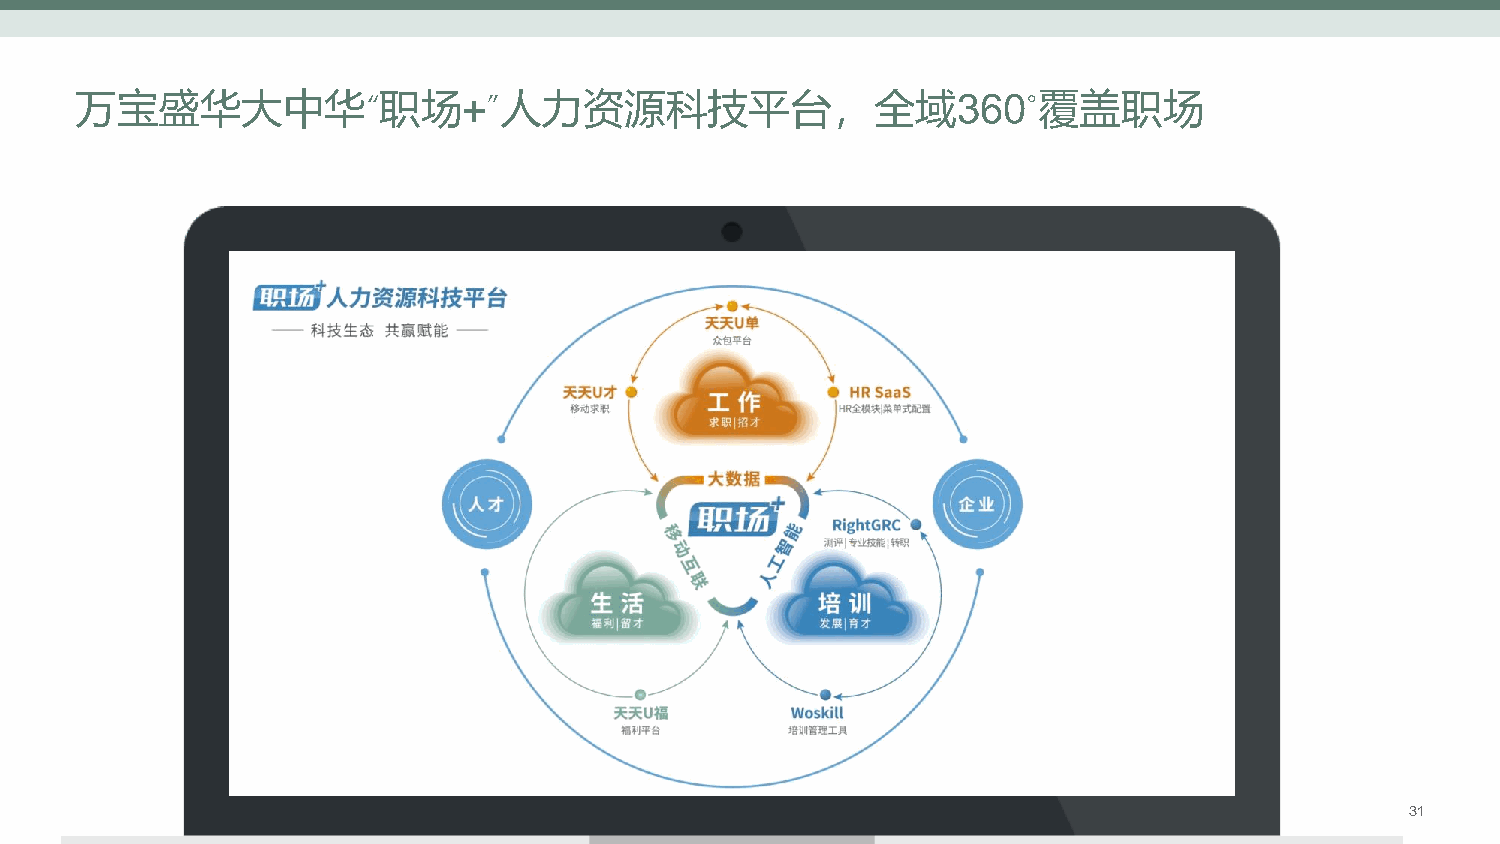
万宝盛华大中华“职场+”人力资源科技平台，全域360°覆盖职场
 万宝盛华集团 | 2022年第一季度雇佣前景调查报告                             31